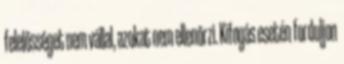
felelősséget nem vállal, azokat nem ellenőrzi. Kifogás esetén forduljon